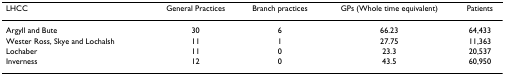
| LHCC | General Practices | Branch practices | GPs (Whole time equivalent) | Patients |
 | --- | --- | --- | --- | --- |
 | Argyll and Bute | 30 | 6 | 66.23 | 64,433 |
 | Wester Ross, Skye and Lochalsh | 11 | 1 | 27.75 | 11,363 |
 | Lochaber | 11 | 0 | 23.3 | 20,537 |
 | Inverness | 12 | 0 | 43.5 | 60,950 |